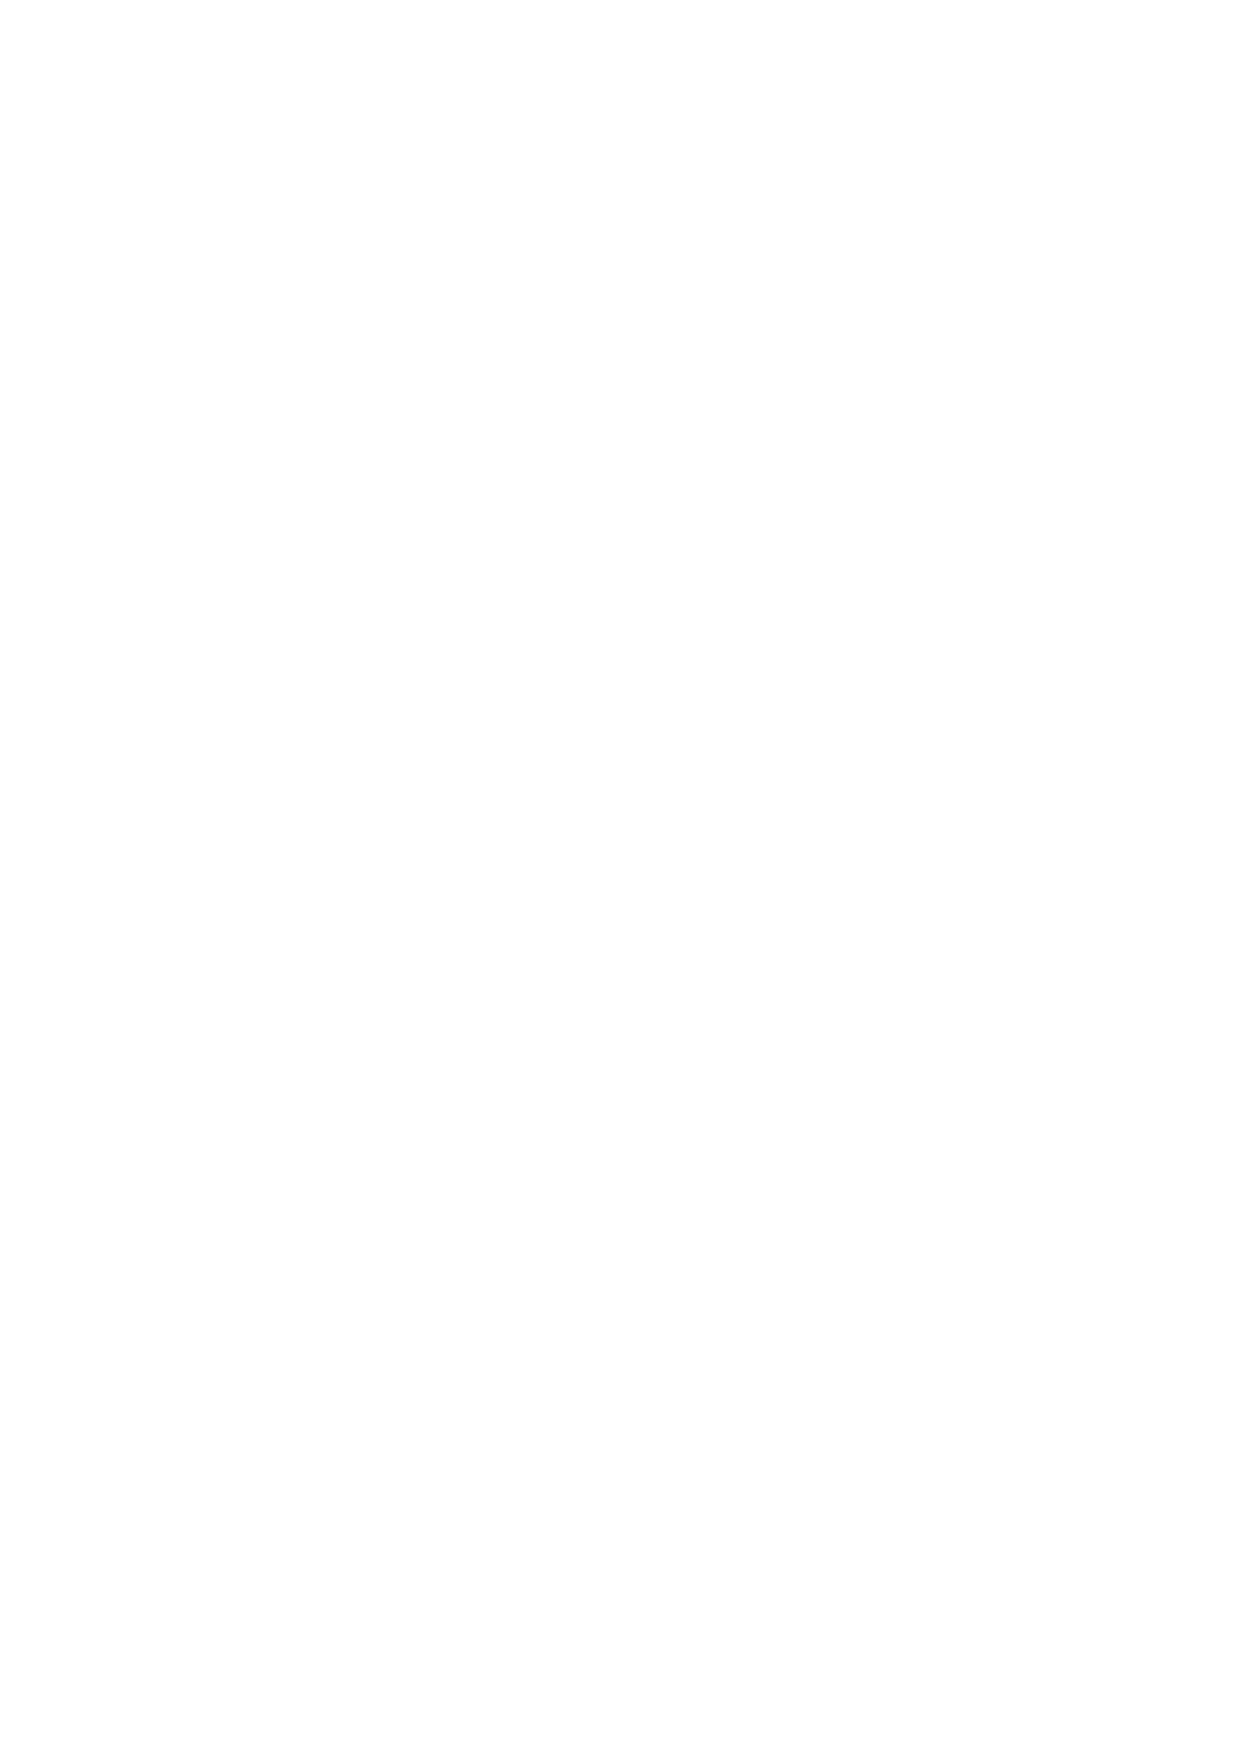
Transaction Reconciliation for The Georgia Fourie Butterfly Fund
 Account Number:- 60668753